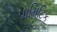
પામિટિક